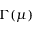
\Gamma ( \mu )